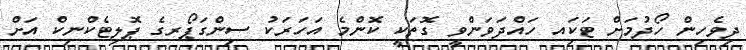
ދިވެހިން ހޯދުމަށް ޓަކަިއ ހައްދަވަންވީ ގޮތަކީ ކޮންމެ އަހަރަކު ސިންގަޕޯރގެ ޕޮލިޓެކްނިކް އަށް